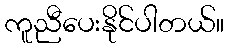
ကူညီပေးနိုင်ပါတယ်။